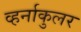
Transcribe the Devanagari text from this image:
व्हर्नाकुलर